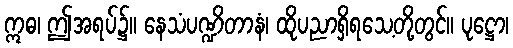
ဣဓ၊ ဤအရပ်၌။ နေသံပဏ္ဍိတာနံ၊ ထိုပညာရှိရသေ့တို့တွင်။ ပုဋ္ဌော၊